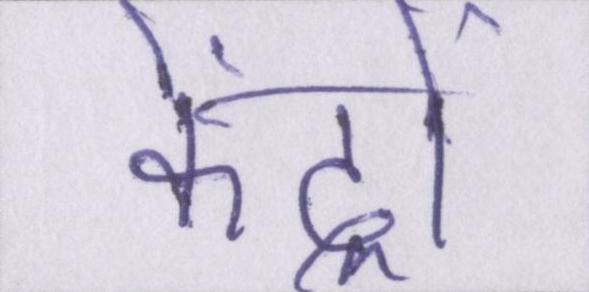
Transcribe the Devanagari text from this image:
केंद्रों